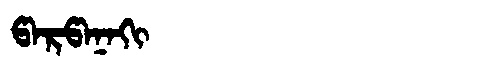
Manchu: ᡦᠠᡵᡦᠠᠨᠠᡴᡳ
Romanization: PARPANAKI